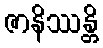
ဇာနိဿန္တိ